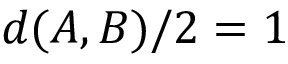
d ( A , B ) / 2 = 1